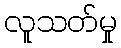
လူသတ်မှု